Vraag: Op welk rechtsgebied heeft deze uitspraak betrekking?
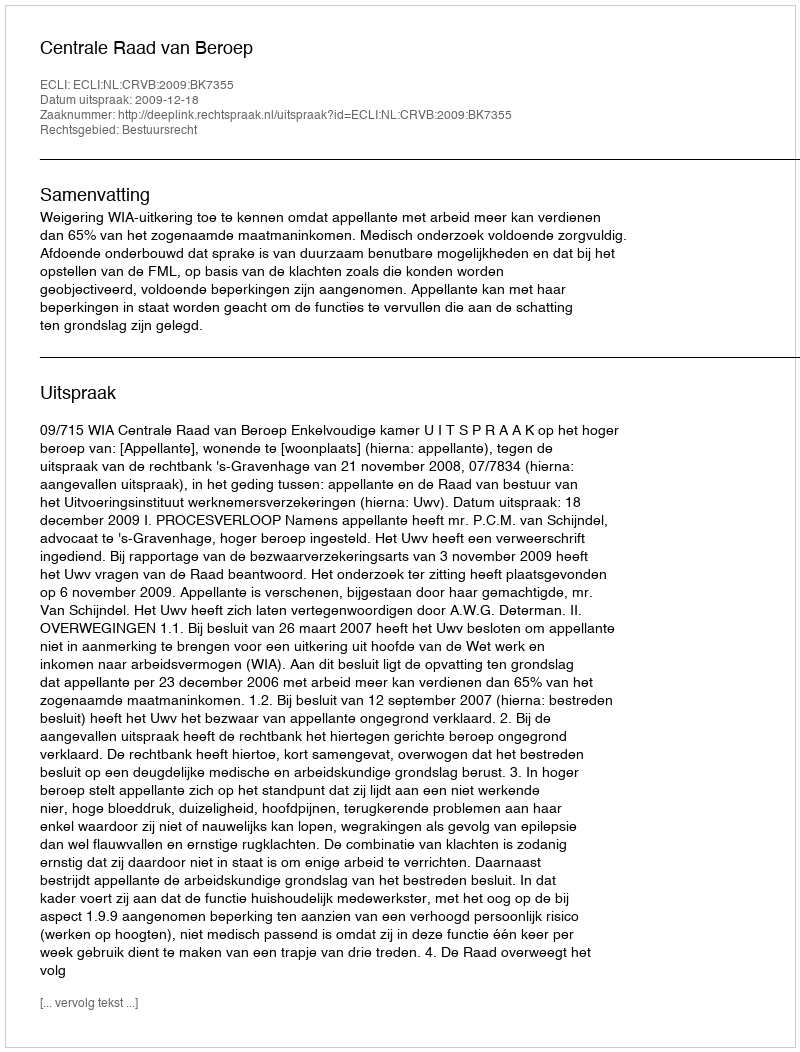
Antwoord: Bestuursrecht